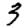
Digit: 3